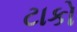
ટાકો